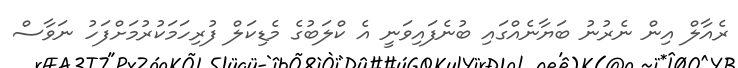
ރެއާލް އިން ނެރުނު ބަޔާނެއްގައި ބުނެފައިވަނީ އެ ކްލަބުގެ މެޑިކަލް ފުރިހަމަކުރުމަށްފަހު ނަވާސް